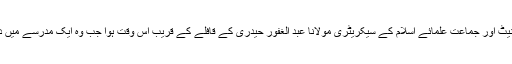
تفصیلات کے مطابق دھماکہ ڈپٹی چیئرمین سینیٹ اور جماعت علمائے اسلام کے سیکریٹری مولانا عبد الغفور حیدری کے قافلے کے قریب اس وقت ہوا جب وہ ایک مدرسے میں دستار بندی کی تقریب سے واپس جارہے تھے۔